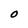
Character: O